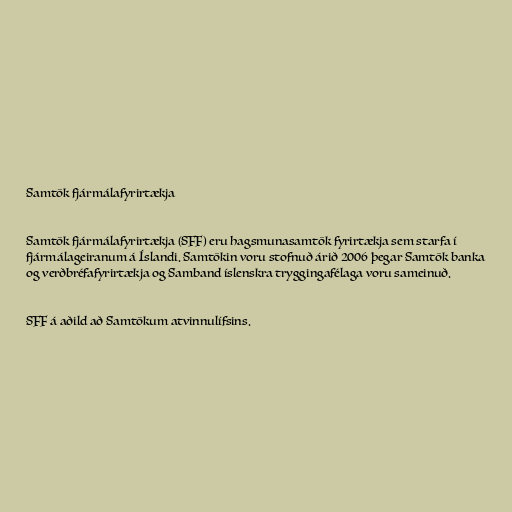
Samtök fjármálafyrirtækja

Samtök fjármálafyrirtækja (SFF) eru hagsmunasamtök fyrirtækja sem starfa í
fjármálageiranum á Íslandi. Samtökin voru stofnuð árið 2006 þegar Samtök banka
og verðbréfafyrirtækja og Samband íslenskra tryggingafélaga voru sameinuð.

SFF á aðild að Samtökum atvinnulífsins.